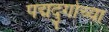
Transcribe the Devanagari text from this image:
पद्मदुर्गाच्या